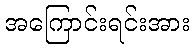
အကြောင်းရင်းအား